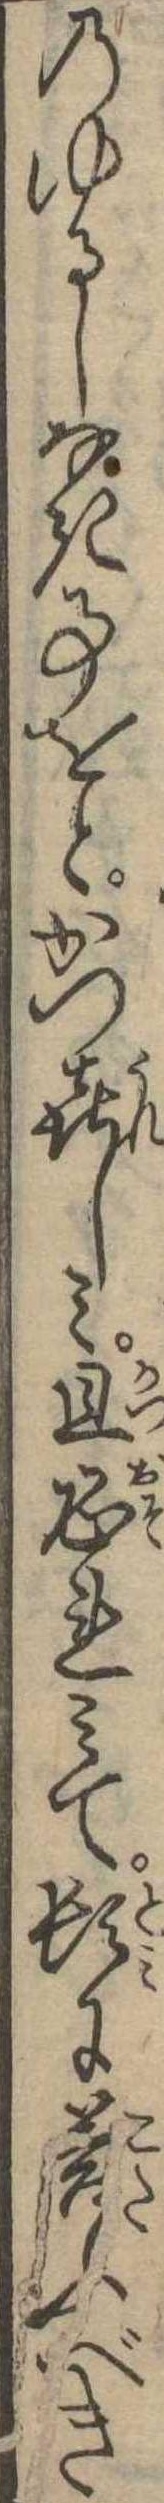
のゆるしなき事をとかつ喜しみ且恐れみて頓に答ふべき